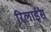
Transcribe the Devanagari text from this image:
रिलाईंस